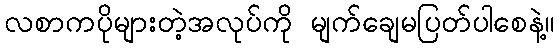
လစာကပိုများတဲ့အလုပ်ကို မျက်ချေမပြတ်ပါစေနဲ့။